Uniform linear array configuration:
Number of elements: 16
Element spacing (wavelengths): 0.5
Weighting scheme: binomial
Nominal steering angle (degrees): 45
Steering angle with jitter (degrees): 46.611
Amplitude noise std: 0.05
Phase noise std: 0.05

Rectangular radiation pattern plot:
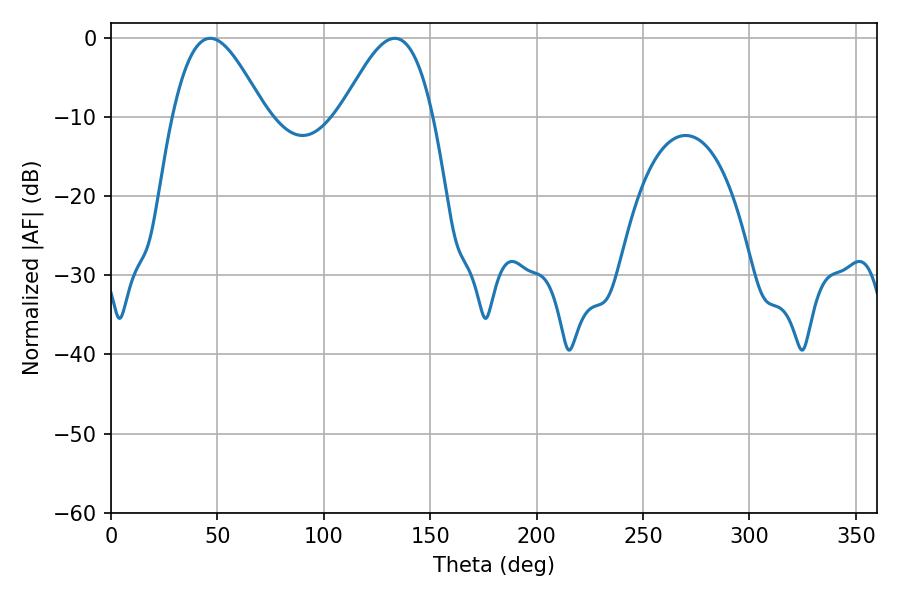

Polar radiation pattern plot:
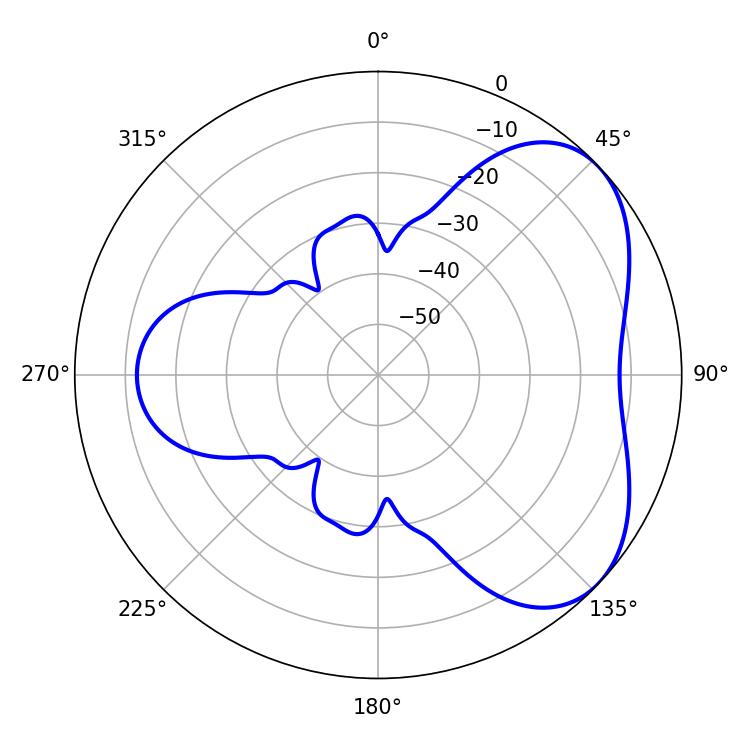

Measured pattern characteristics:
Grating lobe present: FALSE
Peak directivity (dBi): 4.788
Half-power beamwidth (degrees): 23.22
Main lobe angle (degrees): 46.62